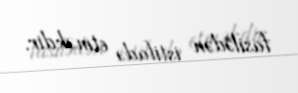
fasilədən istifadə etməkdir.